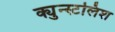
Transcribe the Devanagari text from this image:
क्युन्स्टलिश